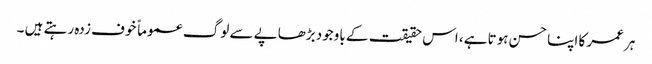
ہر عمر کا اپنا حسن ہوتا ہے، اس حقیقت کے باوجود بڑھاپے سے لوگ عموماً خوف زدہ رہتے ہیں ۔